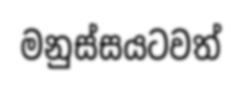
මනුස්සයටවත්